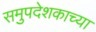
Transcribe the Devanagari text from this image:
समुपदेशकाच्या